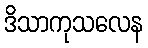
ဒိသာကုသလေန